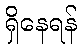
ရှိနေရန်